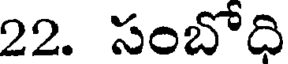
22. సంబోది